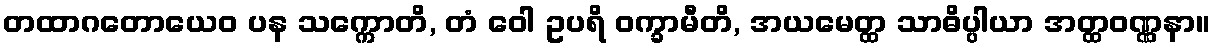
တထာဂတောယေဝ ပန သက္ကောတိ, တံ ဝေါ ဥပရိ ဝက္ခာမီတိ, အယမေတ္ထ သာဓိပ္ပါယာ အတ္ထဝဏ္ဏနာ။